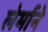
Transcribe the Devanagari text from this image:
लेर्माने